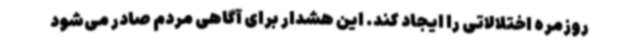
روزمره اختلالاتی را ایجاد کند. این هشدار برای آگاهی مردم صادر می‌شود